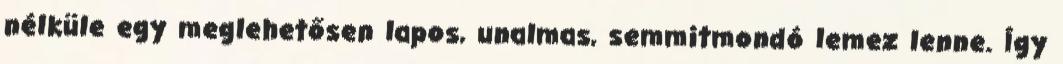
nélküle egy meglehetősen lapos, unalmas, semmitmondó lemez lenne. Így